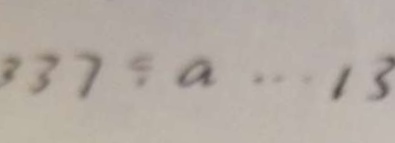
3 3 7 \div a \cdots 1 3